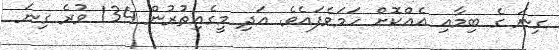
ގިނަ ގެ ބިމާއި އެއްކޮށް ހަމަވެފައެވެ. އަދި މީގެއިތުރުން 134 ވުރެ ގިނަ